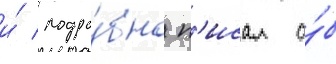
и́ подро́бно п'исал о́б